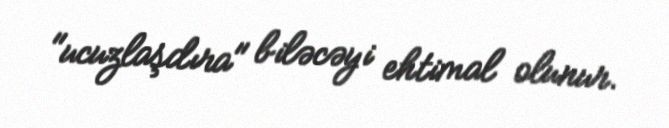
"ucuzlaşdıra" biləcəyi ehtimal olunur.